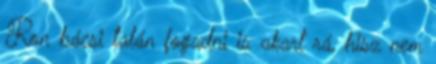
Ron bácsi talán fogadni is akart rá, hisz nem